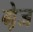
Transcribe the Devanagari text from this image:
गे़ज